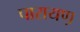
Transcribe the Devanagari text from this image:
पारायण़